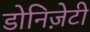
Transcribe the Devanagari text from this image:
डोनिज़ेटी